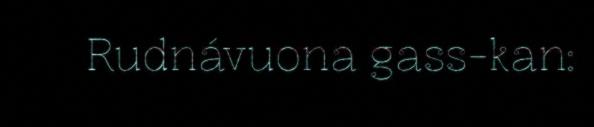
Rudnávuona gass-kan: